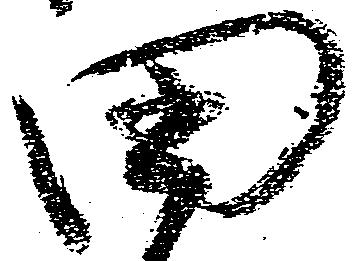
田